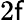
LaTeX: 2\mathsf{f}